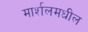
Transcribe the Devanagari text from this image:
मार्शलमधील